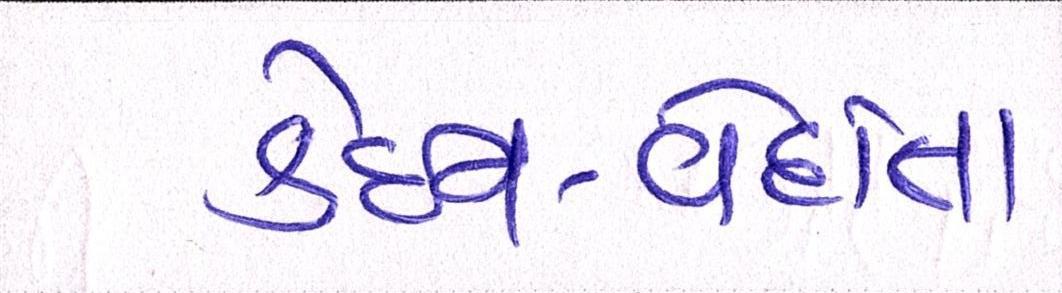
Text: કેઇર્ન-વેદાંતા